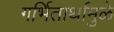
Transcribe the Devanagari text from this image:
गर्भितार्थामुळे